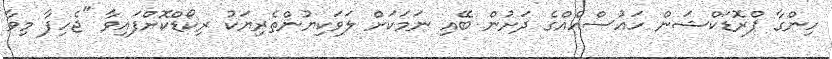
ހިންގާ ޕްރޮޑަކްޝަން ހައުސްއެއްގެ ދަށުން ބޭއި ނަމަކަށް ލަވަކިޔުންތެރިޔަކު ރިކޯޑްކޮށްފައިވާ "ޖެހިފާ މިވާ